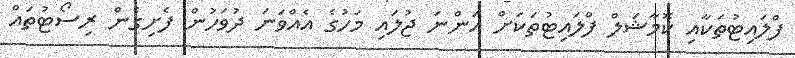
ފްލައިޓުތަކާއި ކޮމާޝަލް ފްލައިޓުތަކަށް އަންނަ ޖުލައި މަހުގެ އެއްވަނަ ދުވަހުން ފެށިގެން ރިސޯޓުތައް